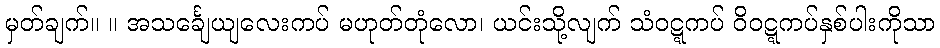
မှတ်ချက်။ ။ အသင်္ချေယျလေးကပ် မဟုတ်တုံလော၊ ယင်းသို့လျက် သံဝဋ္ဋကပ် ဝိဝဋ္ဋကပ်နှစ်ပါးကိုသာ